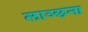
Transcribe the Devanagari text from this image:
लाञ्छना